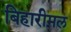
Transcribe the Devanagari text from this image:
बिहारीमल